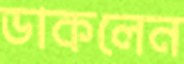
ডাকলেন